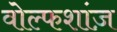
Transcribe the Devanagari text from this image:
वोल्फशांज़